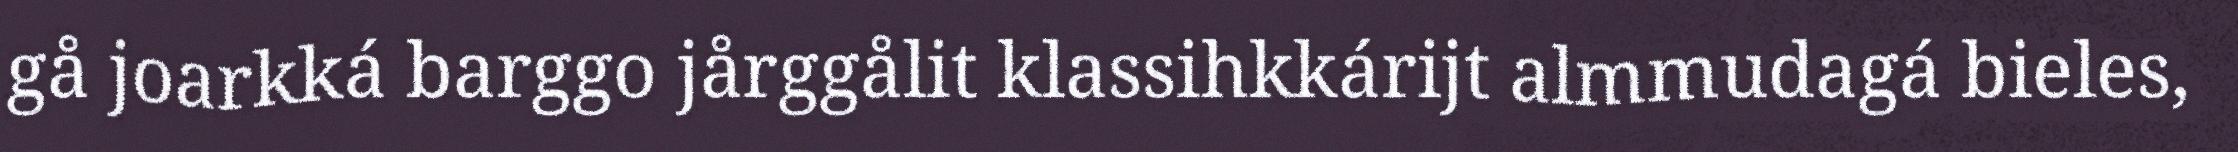
gå joarkká barggo jårggålit klassihkkárijt almmudagá bieles,